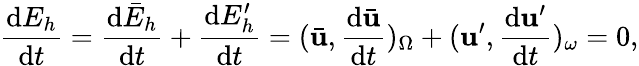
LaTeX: \frac{\mathrm{d}E_{h}}{\mathrm{d}t}=\frac{\mathrm{d}\bar{E}_{h}}{\mathrm{d}t}+\frac{\mathrm{d}E_{h}^{\prime}}{\mathrm{d}t}=(\bar{\mathbf{u}},\frac{\mathrm{d}\bar{\mathbf{u}}}{\mathrm{d}t})_{\Omega}+(\mathbf{u}^{\prime},\frac{\mathrm{d}\mathbf{u}^{\prime}}{\mathrm{d}t})_{\omega}=0,